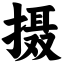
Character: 摄